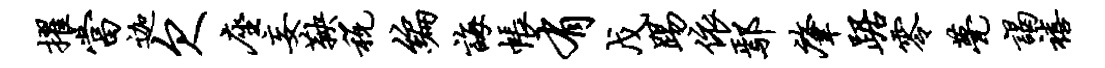
擢当迦欠座妄鞅税编诲帐有戊踢依鄢肇踞零甍谒禧